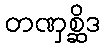
တဏှစ္ဆိဒ